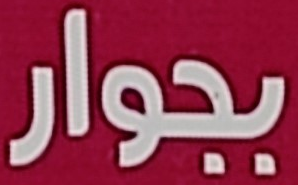
بجوار